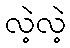
လဲ့လဲ့